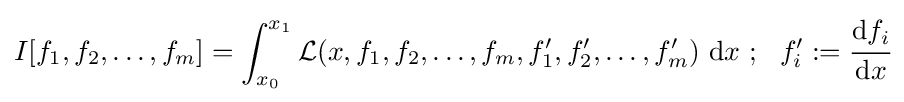
I[f_{1},f_{2},\dots ,f_{m}]=\int _{x_{0}}^{x_{1}}{\mathcal {L}}(x,f_{1},f_{2},\dots ,f_{m},f_{1}',f_{2}',\dots ,f_{m}')~\mathrm {d} x~;~~f_{i}':={\cfrac {\mathrm {d} f_{i}}{\mathrm {d} x}}